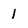
Character: 1